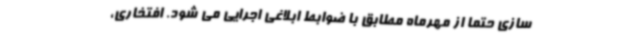
سازی حتما از مهرماه مطابق با ضوابط ابلاغی اجرایی می شود. افتخاری،